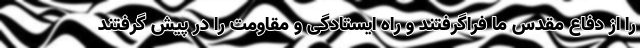
را از دفاع مقدس ما فراگرفتند و راه ایستادگی و مقاومت را در پیش گرفتند